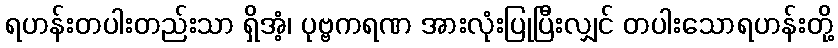
ရဟန်းတပါးတည်းသာ ရှိအံ့၊ ပုဗ္ဗကရဏ အားလုံးပြုပြီးလျှင် တပါးသောရဟန်းတို့